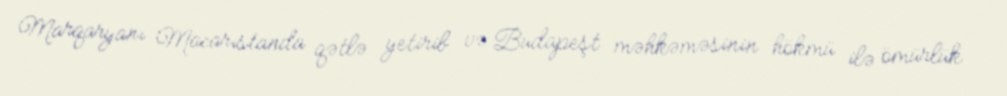
Marqaryanı Macarıstanda qətlə yetirib və Budapeşt məhkəməsinin hökmü ilə ömürlük